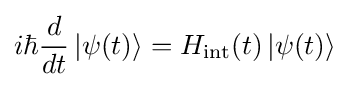
i\hbar {\frac {d}{dt}}\left|\psi (t)\right\rangle ={H}_{\rm {int}}(t)\left|\psi (t)\right\rangle